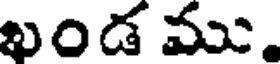
ఖండ ము.